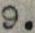
9.